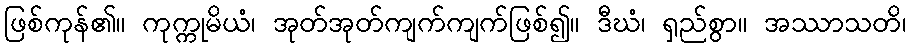
ဖြစ်ကုန်၏။ ကုက္ကုမိယံ၊ အုတ်အုတ်ကျက်ကျက်ဖြစ်၍။ ဒီဃံ၊ ရှည်စွာ။ အဿာသတိ၊